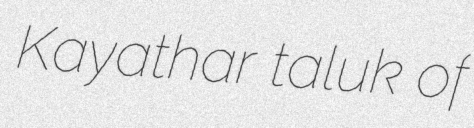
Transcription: Kayathar taluk of